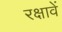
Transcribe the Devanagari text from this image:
रक्षावें